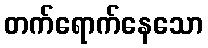
တက်ရောက်နေသော